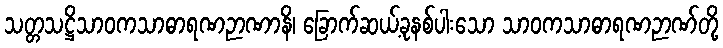
သတ္တသဋ္ဌိသာဝကသာဓာရဏဉာဏာနိ၊ ခြောက်ဆယ့်ခုနစ်ပါးသော သာဝကသာဓာရဏဉာဏ်တို့